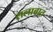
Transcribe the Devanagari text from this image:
सलाबात